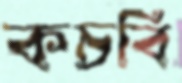
কচবি